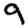
Digit: 9